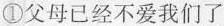
①父母已经不爱我们了